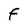
Character: F